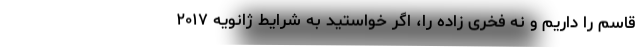
قاسم را داریم و نه فخری زاده را، اگر خواستید به شرایط ژانویه ۲۰۱۷